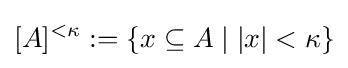
[A]^{<\kappa }:=\{x\subseteq A\mid \vert x\vert <\kappa \}